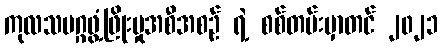
ကုလသမဂ္ဂဖွံ့ဖြိုးမှုအစီအစဉ် ရဲ့ စစ်တမ်းမှာတင် ၂၀၂၁